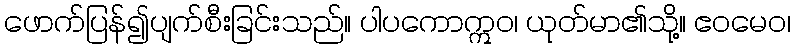
ဖောက်ပြန်၍ပျက်စီးခြင်းသည်။ ပါပကောဣဝ၊ ယုတ်မာ၏သို့။ ဧဝမေဝ၊